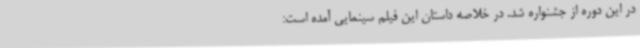
در این دوره از جشنواره شد. در خلاصه داستان این فیلم سینمایی آمده است: